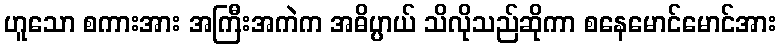
ဟူသော စကားအား အကြီးအကဲက အဓိပ္ပာယ် သိလိုသည်ဆိုကာ စနေမောင်မောင်အား